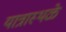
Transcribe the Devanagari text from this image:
यात्रास्थळे